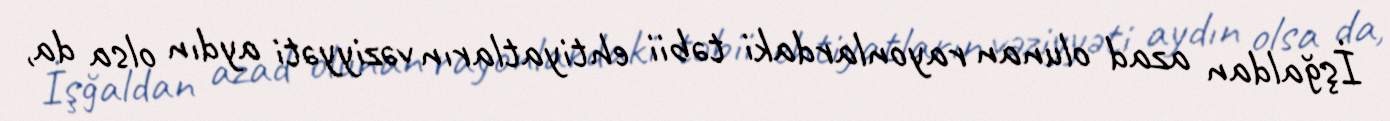
İşğaldan azad olunan rayonlardaki təbii ehtiyatların vəziyyəti aydın olsa da,